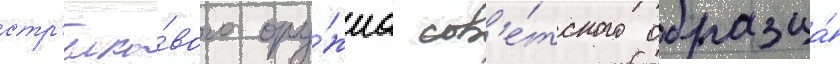
стр'елко́вого ору́жиа сов'е́тского образца́